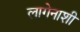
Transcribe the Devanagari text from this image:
लागेनाशी